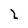
Character: 2